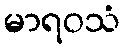
မာရဝသံ